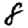
Digit: 8